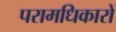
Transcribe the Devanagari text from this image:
परामधिकारों